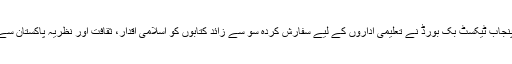
اس آرڈیننس کی منظوری سے دو دن پہلے خبر آئی کہ پنجاب ٹیکسٹ بک بورڈ نے تعلیمی اداروں کے لیے سفارش کردہ سو سے زائد کتابوں کو اسلامی اقدار، ثقافت اور نظریہ پاکستان سے متصادم مواد کی بنیاد پر ضبط کرنے کا اعلان کر دیا۔